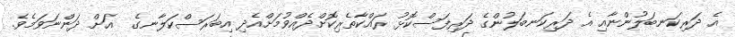
އެ ދަރިކަނބަލުންނާއި އެ ދަރިކަނބަލުންގެ ދަރިފަސްކޮޅު ރައްކާތެރިކޮށްދެއްވުމަށްއެދި އިބަރަސްކަލާނގެ  އަށް ދަންނަވަމެވެ.